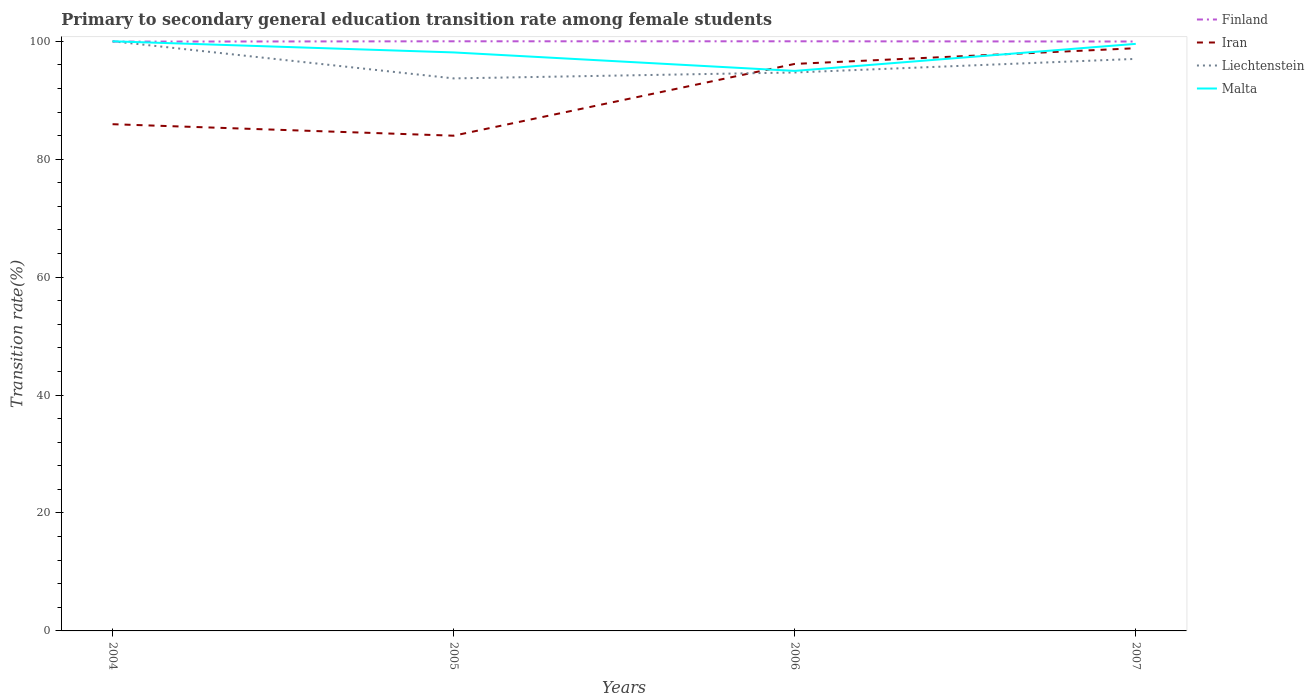
| Years | Finland | Iran | Liechtenstein | Malta |
 | --- | --- | --- | --- | --- |
 | 2004 | 99.9 | 85.9 | 100 | 100 |
 | 2005 | 100 | 84 | 93.7 | 98.1 |
 | 2006 | 100 | 96.2 | 94.7 | 95 |
 | 2007 | 100 | 98.8 | 97 | 99.6 |